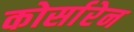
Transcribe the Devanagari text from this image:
कोर्सारेन